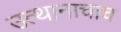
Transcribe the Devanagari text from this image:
उत्थानाचाच